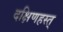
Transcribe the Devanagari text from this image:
दक्षिणहस्त्